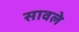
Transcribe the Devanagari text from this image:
सावले